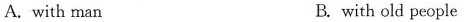
A. with man B.with old people